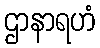
ဌာနာရဟံ